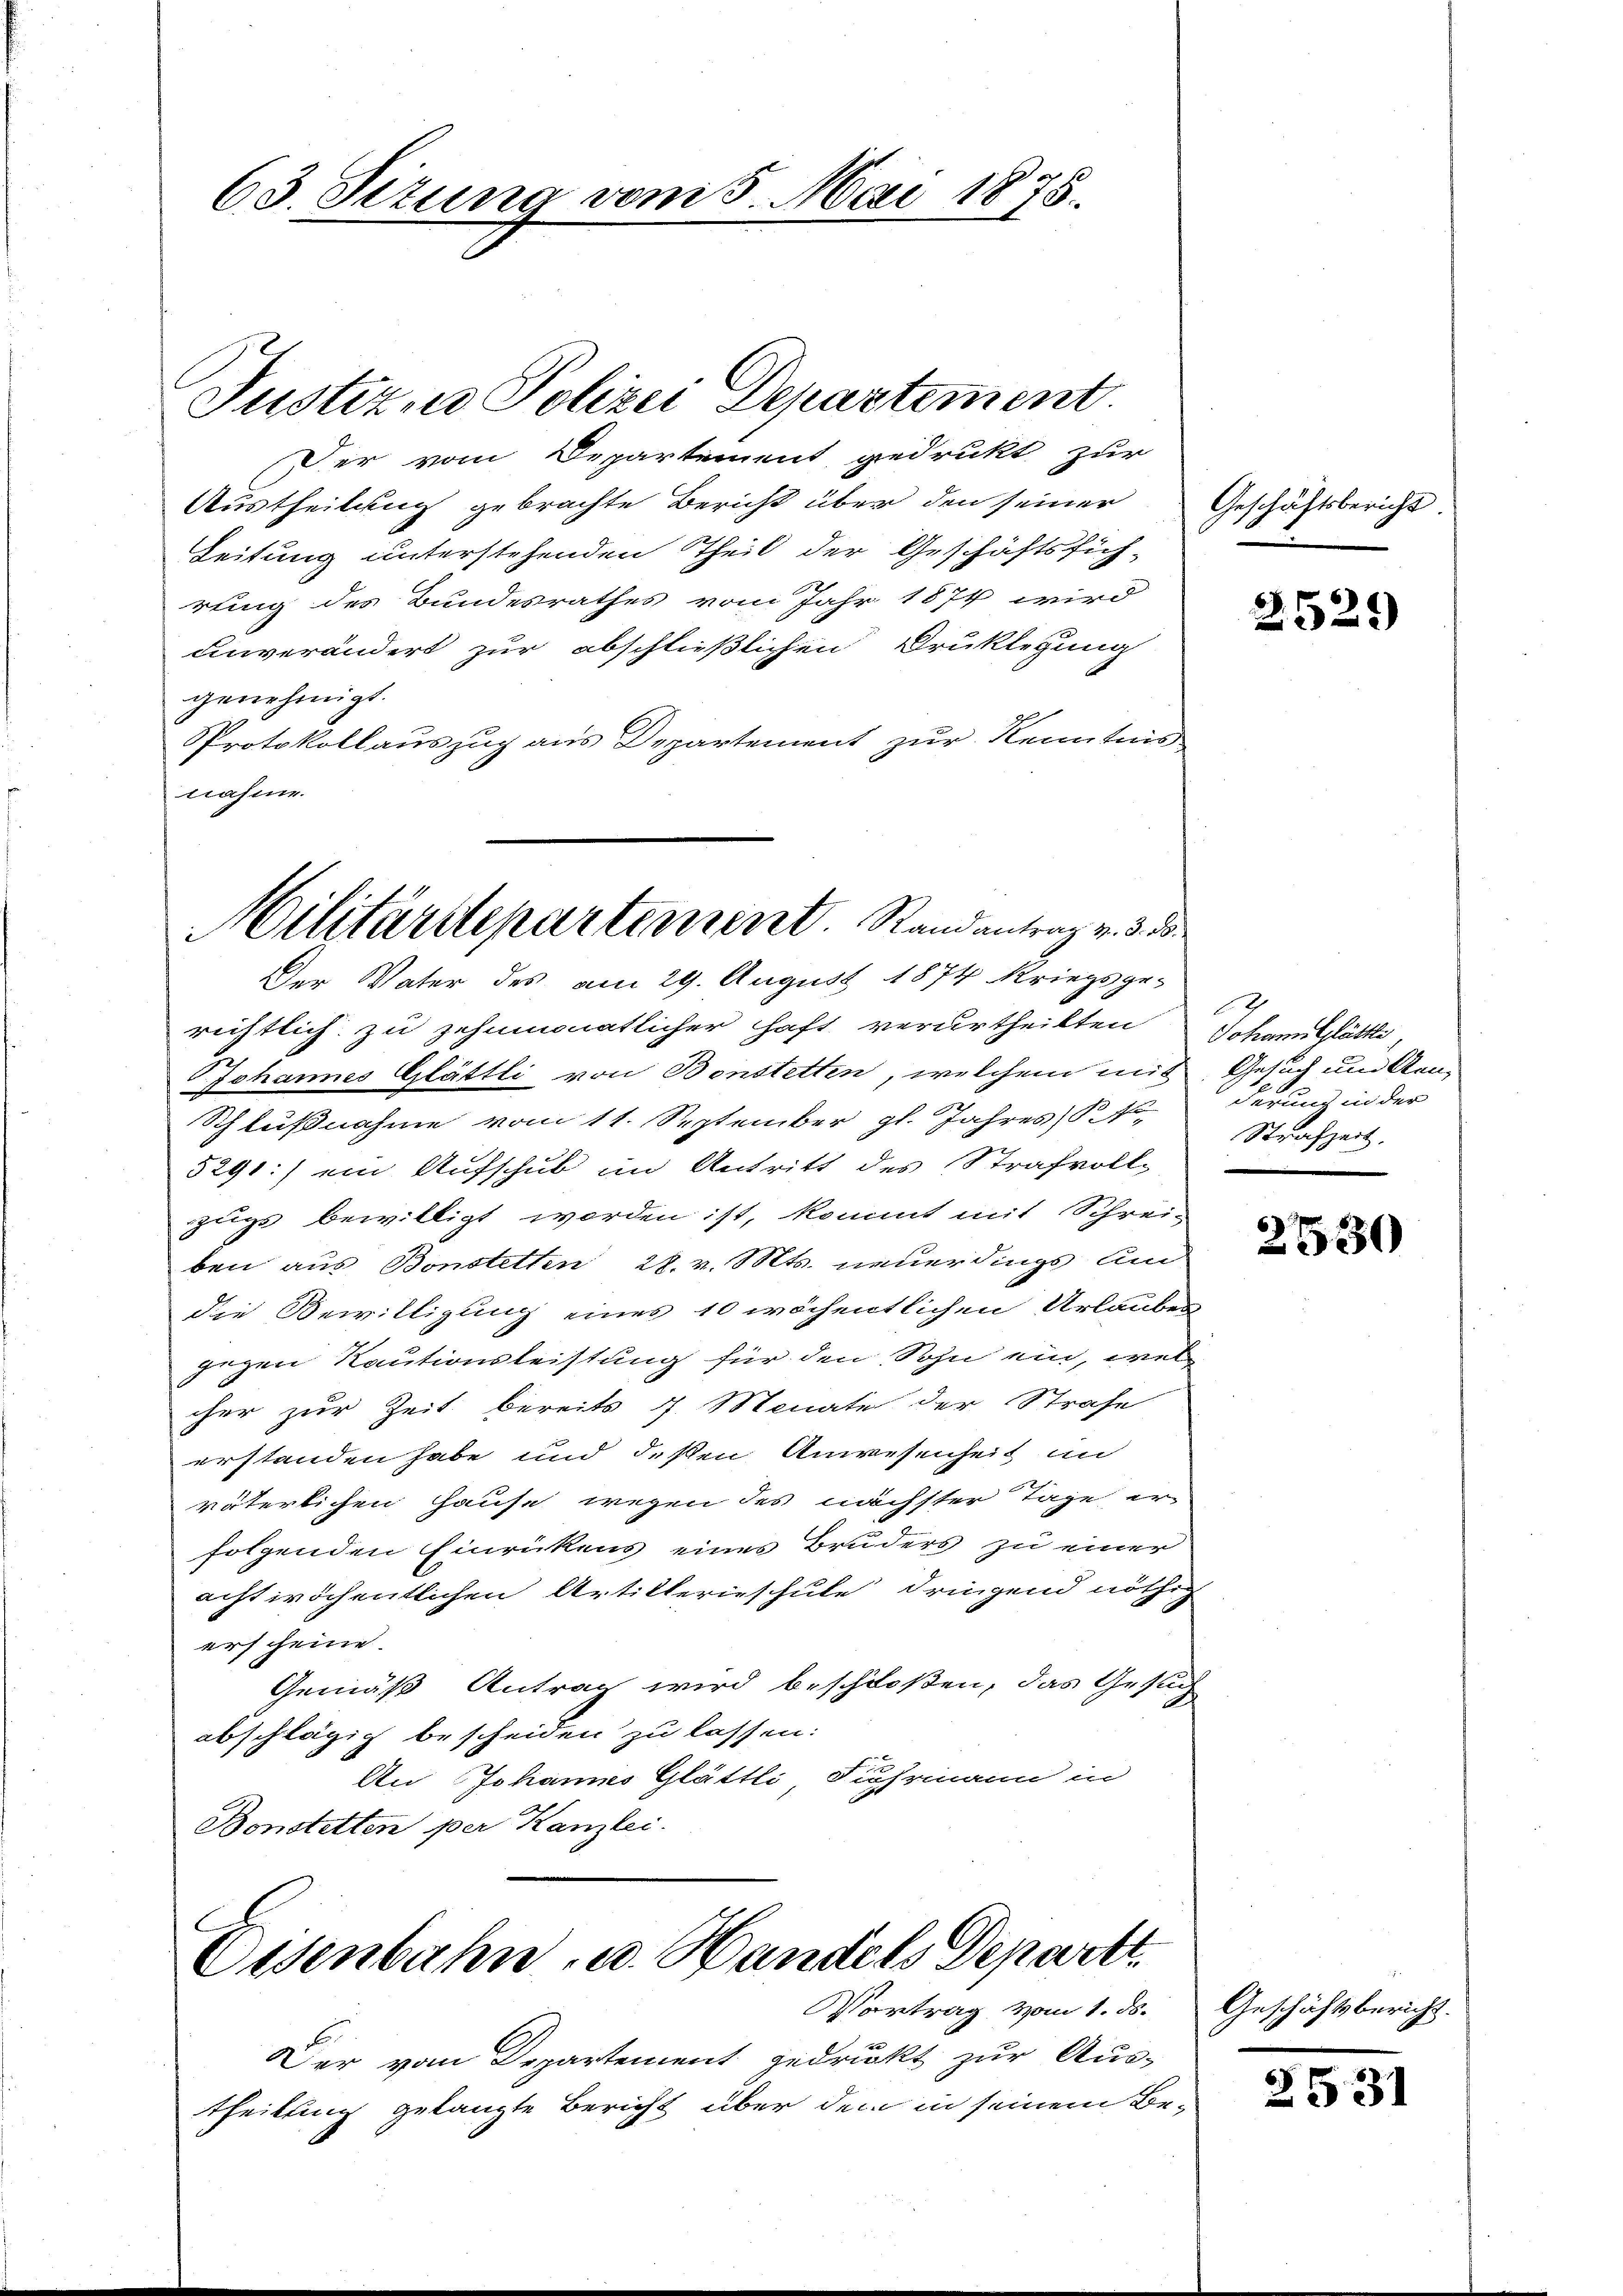
63. Situng vom 5. Mai 1875.

Justiz, Polizei Departement.

Austheilung gebrachte Bericht über den seiner
Leitung unterstehenden Theil der Geschäftsfüh-
rung des Bundesrathes vom Jahr 1874 wird
unverändert zur abschließlichen Druklegung
genehmigt.
Protokollauszug aus Departement zur Kenntnis
nahme.

Militärdepartement. Rand antrag v. 3. 3.
Der Vater des am 29. August 1874 kriegsge-

Der vom Departement gedrukt zur

richtlich zu zehnmonatlicher haft verurtheilten Johann Glättli
Johannes Glättli von Bonstetten, welchem mit Gesuch und Gen¬
Schlußnahme vom 11. September gl. Jahres §. 4.
5291:) ein Aufschub im Antritt des Strafvoll-
zugs bewilligt worden ist, kommt mit Schrei-
ben aus Bonstetten 28. v. Mts. neuerdings um
die Bewilligung eines 10 wöchentlichen Urlauben
gegen Rautionsleistung für den Sohn ein, welcher zur Zeit bereits 7. Monate der Strafe
erstanden habe und deßen Anwesenheit an
väterlichen Hause wegen des nächster Tage er
folgenden Einrückens eines Bruders zu einer
acht wöchentlichen Artillerieschule dringend nöthig
erscheine
Gemäß Antrag wird beschloßen, das Gesuch
abschlägig bescheiden zu lassen:
An Johannes Glättli, Fuhrmann in
Bonstetten per Kanzlei.

C
Eisenbahn u. Handels Departt.

Vortrag vom 1. ds.
Der vom Departement gedruckt zur Austheilung gelangte Bericht über dem in seinem Be¬

Geschäftsbericht.

2525)

A
1
derung in der
Strafzeit.

2530

Geschäftsbericht.

3531